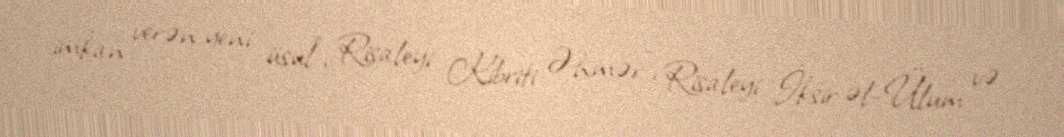
imkan verən yeni üsul", Risaleyi Kibriti Əhmər", Risaleyi İksir əl-Ülum və